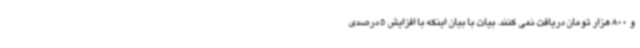
و 800 هزار تومان دریافت نمی کنند. بیات با بیان اینکه با افزایش 5 درصدی